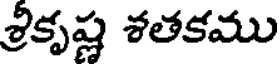
శ్రీకృష్ణ శతకము